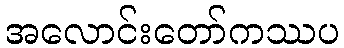
အလောင်းတော်ကဿပ